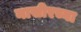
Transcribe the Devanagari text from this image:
नासीरच्या